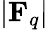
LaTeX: |\mathbf{F}_{q}|